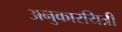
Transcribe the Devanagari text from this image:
अनुकारयित्री